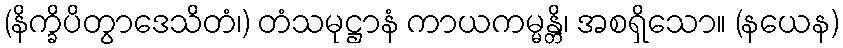
(နိက္ခိပိတွာဒေသိတံ၊) တံသမုဋ္ဌာနံ ကာယကမ္မန္တိ၊ အစရှိသော။ (နယေန)